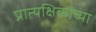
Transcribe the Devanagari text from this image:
प्रात्यक्षिकांच्या